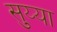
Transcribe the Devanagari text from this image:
सुय्या